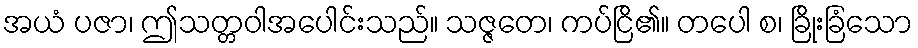
အယံ ပဇာ၊ ဤသတ္တဝါအပေါင်းသည်။ သဇ္ဇတေ၊ ကပ်ငြိ၏။ တပေါ စ၊ ခြိုးခြံသော